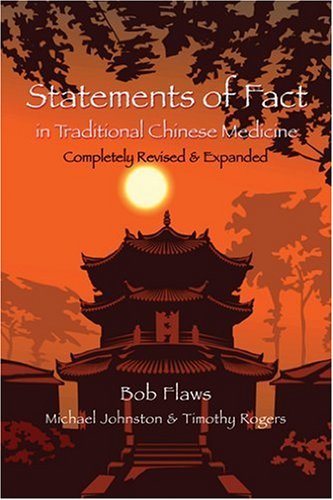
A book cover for Statements of Fact in Traditional Chinese Medicine (English and Mandarin Chinese Edition); Bob Flaws; Health, Fitness & Dieting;